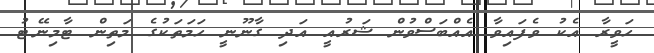
ހަވީރާ އެކު ވެފައިވާ އެއްބަސްވުން ޝަރުއީ އަދި ގާނޫނީ ހަމަތަކުގެ މަތިން ޓާމިނޭޓު